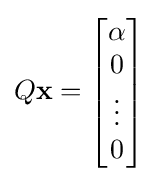
Q\mathbf {x} ={\begin{bmatrix}\alpha \\0\\\vdots \\0\end{bmatrix}}